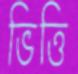
ভিত্তি